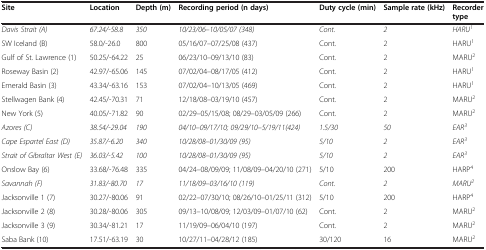
<table><thead><tr><td><b>Site</b></td><td><b>Location</b></td><td><b>Depth (m)</b></td><td><b>Recording period (n days)</b></td><td><b>Duty cycle (min)</b></td><td><b>Sample rate (kHz)</b></td><td><b>Recorder type</b></td></tr></thead><tbody><tr><td><i>Davis Strait (A)</i></td><td><i>67.24/-58.8</i></td><td><i>350</i></td><td><i>10/23/06–10/05/07 (348)</i></td><td><i>Cont.</i></td><td><i>2</i></td><td><i>HARU</i><sup><i>1</i></sup></td></tr><tr><td>SW Iceland (B)</td><td>58.0/-26.0</td><td>800</td><td>05/16/07–07/25/08 (437)</td><td>Cont.</td><td>2</td><td>HARU<sup>1</sup></td></tr><tr><td>Gulf of St. Lawrence (1)</td><td>50.25/-64.22</td><td>25</td><td>06/23/10–09/13/10 (83)</td><td>Cont.</td><td>2</td><td>MARU<sup>2</sup></td></tr><tr><td>Roseway Basin (2)</td><td>42.97/-65.06</td><td>145</td><td>07/02/04–08/17/05 (412)</td><td>Cont.</td><td>2</td><td>HARU<sup>1</sup></td></tr><tr><td>Emerald Basin (3)</td><td>43.34/-63.16</td><td>153</td><td>07/02/04–10/13/05 (469)</td><td>Cont.</td><td>2</td><td>HARU<sup>1</sup></td></tr><tr><td>Stellwagen Bank (4)</td><td>42.45/-70.31</td><td>71</td><td>12/18/08–03/19/10 (457)</td><td>Cont.</td><td>2</td><td>MARU<sup>2</sup></td></tr><tr><td>New York (5)</td><td>40.05/-71.82</td><td>90</td><td>02/29–05/15/08; 08/29–03/05/09 (266)</td><td>Cont.</td><td>2</td><td>MARU<sup>2</sup></td></tr><tr><td><i>Azores (C)</i></td><td><i>38.54/-29.04</i></td><td><i>190</i></td><td><i>04/10–09/17/10; 09/29/10–5/19/11(424)</i></td><td><i>1.5/30</i></td><td><i>50</i></td><td><i>EAR</i><sup><i>3</i></sup></td></tr><tr><td><i>Cape Espartel East (D)</i></td><td><i>35.87/-6.20</i></td><td><i>340</i></td><td><i>10/28/08–01/30/09 (95)</i></td><td><i>5/10</i></td><td><i>2</i></td><td><i>EAR</i><sup><i>3</i></sup></td></tr><tr><td><i>Strait of Gibraltar West (E)</i></td><td><i>36.03/-5.42</i></td><td><i>100</i></td><td><i>10/28/08–01/30/09 (95)</i></td><td><i>5/10</i></td><td><i>2</i></td><td><i>EAR</i><sup><i>3</i></sup></td></tr><tr><td>Onslow Bay (6)</td><td>33.68/-76.48</td><td>335</td><td>04/24–08/09/09; 11/08/09–04/20/10 (271)</td><td>5/10</td><td>200</td><td>HARP<sup>4</sup></td></tr><tr><td><i>Savannah (F)</i></td><td><i>31.83/-80.70</i></td><td><i>17</i></td><td><i>11/18/09–03/16/10 (119)</i></td><td><i>Cont.</i></td><td><i>2</i></td><td><i>MARU</i><sup><i>2</i></sup></td></tr><tr><td>Jacksonville 1 (7)</td><td>30.27/-80.06</td><td>91</td><td>02/22–07/30/10; 08/26/10–01/25/11 (312)</td><td>5/10</td><td>200</td><td>HARP<sup>4</sup></td></tr><tr><td>Jacksonville 2 (8)</td><td>30.28/-80.06</td><td>305</td><td>09/13–10/08/09; 12/03/09–01/07/10 (62)</td><td>Cont.</td><td>2</td><td>MARU<sup>2</sup></td></tr><tr><td>Jacksonville 3 (9)</td><td>30.34/-81.21</td><td>17</td><td>11/19/09–06/04/10 (197)</td><td>Cont.</td><td>2</td><td>MARU<sup>2</sup></td></tr><tr><td>Saba Bank (10)</td><td>17.51/-63.19</td><td>30</td><td>10/27/11–04/28/12 (185)</td><td>30/120</td><td>16</td><td>MARU<sup>2</sup></td></tr></tbody></table>